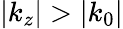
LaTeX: |k_{z}|>|k_{0}|